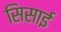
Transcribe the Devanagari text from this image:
सिसाई